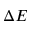
\Delta E